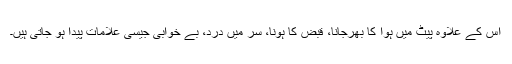
اس کے علاوہ پیٹ میں ہوا کا بھرجانا، قبض کا ہونا، سر میں درد، بے خوابی جیسی علامات پیدا ہو جاتی ہیں۔